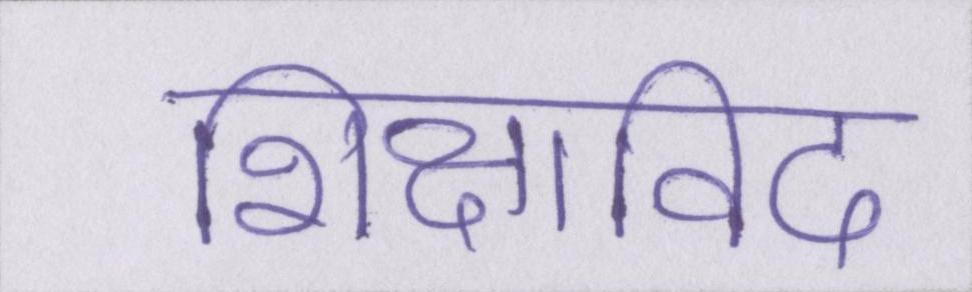
शिक्षाविद